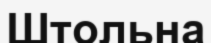
Штольна